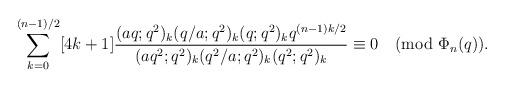
LaTeX: \begin{align*}\sum_{k=0}^{(n-1)/2}[4k+1]\frac{(aq;q^2)_k (q/a;q^2)_k (q;q^2)_k q^{(n-1)k/2}}{(aq^2;q^2)_k(q^2/a;q^2)_k (q^2;q^2)_k}\equiv 0\pmod{\Phi_n(q)}.\end{align*}